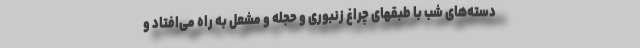
دسته‌های شب با طبقهای چراغ زنبوری و حجله و مشعل به راه می‌افتاد و